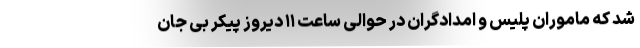
شد که ماموران پلیس و امدادگران در حوالی ساعت ۱۱ دیروز پیکر بی جان